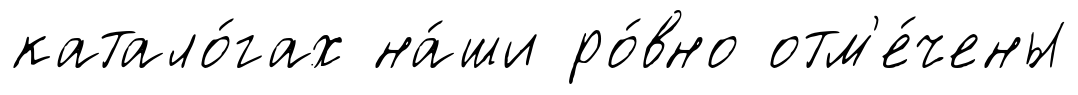
катало́гах на́ши ро́вно отм'е́чены